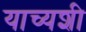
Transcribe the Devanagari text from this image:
याच्यशी